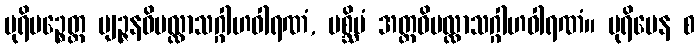
ပုရိမဉ္စေတ္ထ ဗျဉ္ဇနဝိပလ္လာသဂ္ဂါဟဝါရဏံ, ပစ္ဆိမံ အတ္ထဝိပလ္လာသဂ္ဂါဟဝါရဏံ။ ပုရိမေန စ